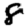
Digit: 8